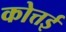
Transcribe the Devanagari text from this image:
कोत्तई